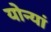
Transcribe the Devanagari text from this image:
योन्यां